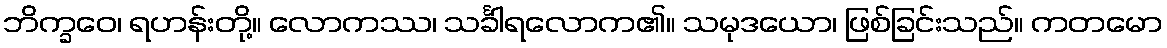
ဘိက္ခဝေ၊ ရဟန်းတို့။ လောကဿ၊ သင်္ခါရလောက၏။ သမုဒယော၊ ဖြစ်ခြင်းသည်။ ကတမော